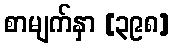
စာမျက်နှာ [၃၉၈]